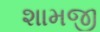
શામજી